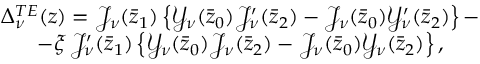
\begin{array} { c } { { \Delta _ { \nu } ^ { T E } ( z ) = \mathcal { J } _ { \nu } ( \bar { z } _ { 1 } ) \left\{ \mathcal { Y } _ { \nu } ( \bar { z } _ { 0 } ) \mathcal { J } _ { \nu } ^ { \prime } ( \bar { z } _ { 2 } ) - \mathcal { J } _ { \nu } ( \bar { z } _ { 0 } ) \mathcal { Y } _ { \nu } ^ { \prime } ( \bar { z } _ { 2 } ) \right\} - } } \\ { { - \xi \, \mathcal { J } _ { \nu } ^ { \prime } ( \bar { z } _ { 1 } ) \left\{ \mathcal { Y } _ { \nu } ( \bar { z } _ { 0 } ) \mathcal { J } _ { \nu } ( \bar { z } _ { 2 } ) - \mathcal { J } _ { \nu } ( \bar { z } _ { 0 } ) \mathcal { Y } _ { \nu } ( \bar { z } _ { 2 } ) \right\} , } } \end{array}